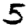
Digit: 5